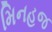
મિનહજ